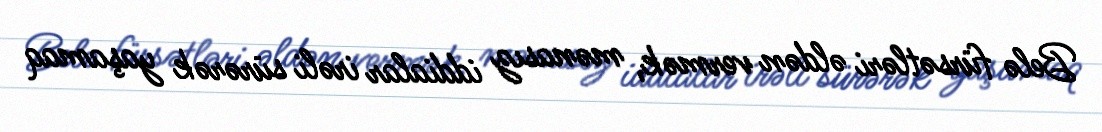
Belə fürsətləri əldən vermək, mənasız iddialar irəli sürərək yaşamaq